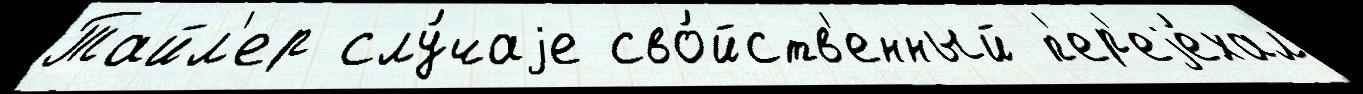
Тайл'ер слу́чаjе сво́йств'енный п'ер'еjе́хал